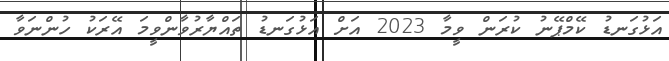
އަޅުގަނޑު ކޭމްޕޭނު ކުރަން ވީމާ 2023 އަށް އަޅުގަނޑު ތައްޔާރުވާންވީމަ އޭރަކު ހުންނަވާ